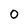
Character: 0